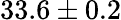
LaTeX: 33.6\pm 0.2